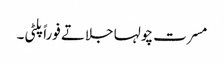
مسرت چولہا جلاتے فوراً پلٹی۔